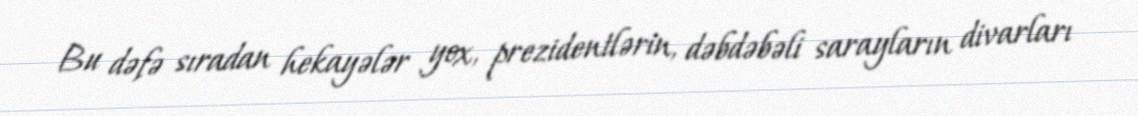
Bu dəfə sıradan hekayələr yox, prezidentlərin, dəbdəbəli sarayların divarları